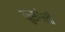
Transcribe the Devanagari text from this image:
कुसगेली